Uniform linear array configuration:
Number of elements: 16
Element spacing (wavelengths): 0.25
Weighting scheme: binomial
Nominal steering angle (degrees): -60
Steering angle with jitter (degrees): -58.486
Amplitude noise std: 0.05
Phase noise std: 0.05

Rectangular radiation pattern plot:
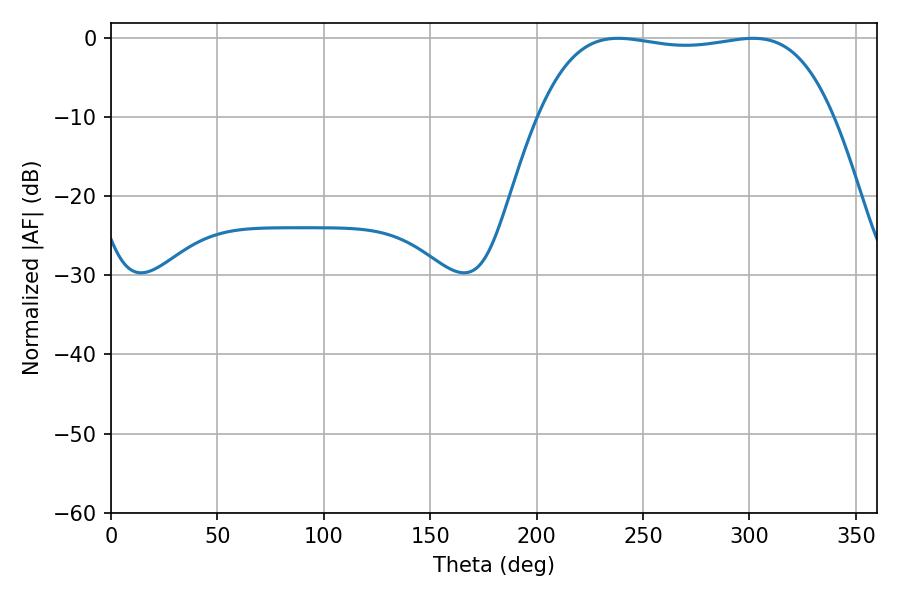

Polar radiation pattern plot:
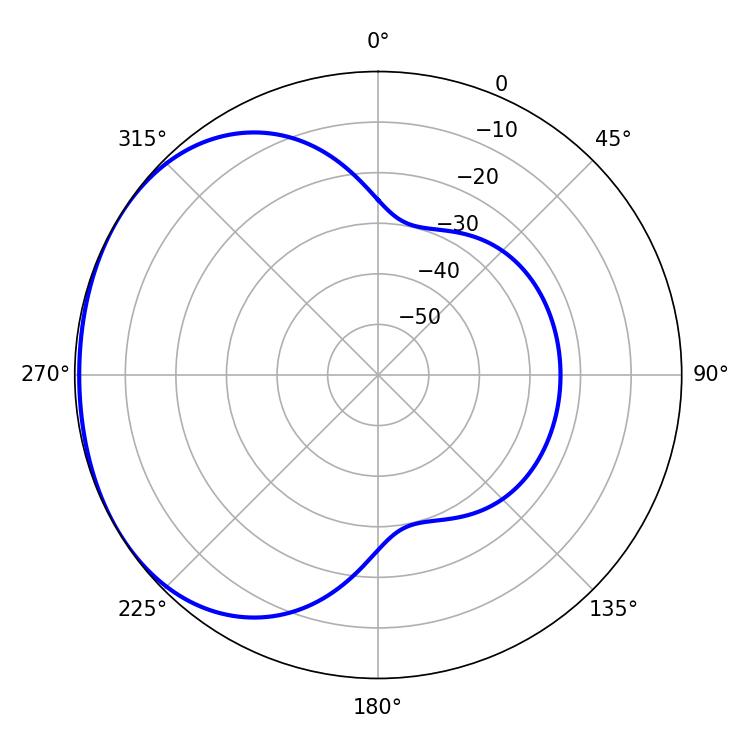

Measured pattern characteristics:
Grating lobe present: FALSE
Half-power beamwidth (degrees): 109.8
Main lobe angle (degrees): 238.32